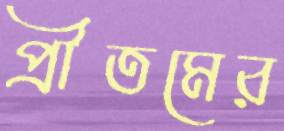
প্রীতমের